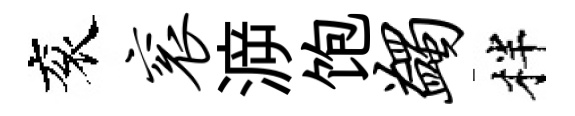
衮衮㴑饱蠲柈